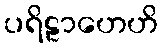
ပရိဠာဟေဟိ